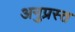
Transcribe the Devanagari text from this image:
अनुप्रस्त